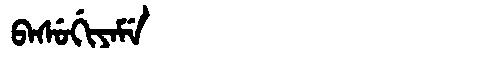
Manchu: ᠪᠠᠰᡠᡤᡳᠶᠠᠮᡝ
Romanization: BASUGIYAME